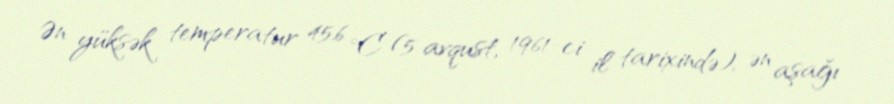
Ən yüksək temperatur 45.6 °C (5 avqust, 1961-ci il tarixində), ən aşağı